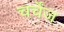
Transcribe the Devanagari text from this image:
चर्चेंज